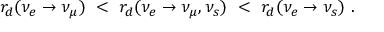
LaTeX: r _ { d } ( \nu _ { e } \rightarrow \nu _ { \mu } ) ~ < ~ r _ { d } ( \nu _ { e } \rightarrow \nu _ { \mu } , \nu _ { s } ) ~ < ~ r _ { d } ( \nu _ { e } \rightarrow \nu _ { s } ) ~ .